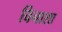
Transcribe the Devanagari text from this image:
विनाशा